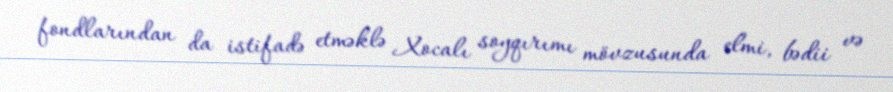
fondlarından da istifadə etməklə Xocalı soyqırımı mövzusunda elmi, bədii və